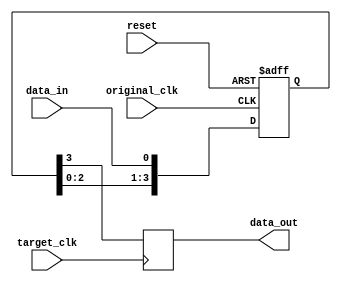
module four_flop_synchronizer (
    input wire original_clk,
    input wire target_clk,
    input wire reset,
    input wire data_in,
    output reg data_out
);

reg [3:0] sync_reg;

always @(posedge original_clk or posedge reset) begin
    if (reset) begin
        sync_reg <= 4'b0;
    end else begin
        sync_reg <= {sync_reg[2:0], data_in};
    end
end

always @(posedge target_clk) begin
    data_out <= sync_reg[3];
end

endmodule